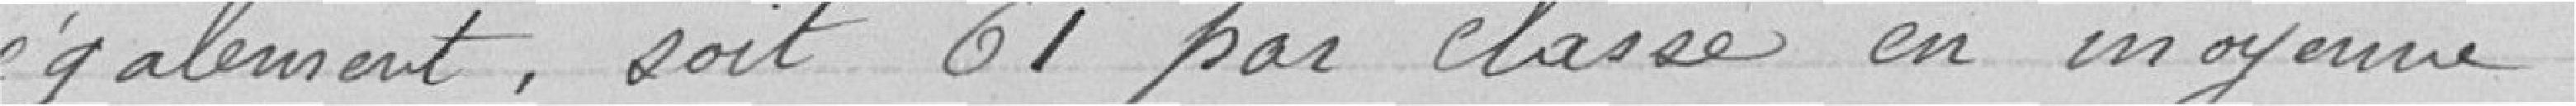
également, soit 61 par classe en moyenne.